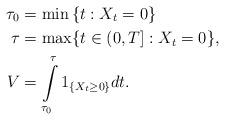
LaTeX: \begin{align*}\tau_0&= \min \left\{t:X_t=0\right\}\\\tau&=\max\{t\in (0,T]: X_t=0\},\\V&=\int\limits_{\tau_0}^{\tau}1_{\{X_t\geq 0\}}dt.\end{align*}